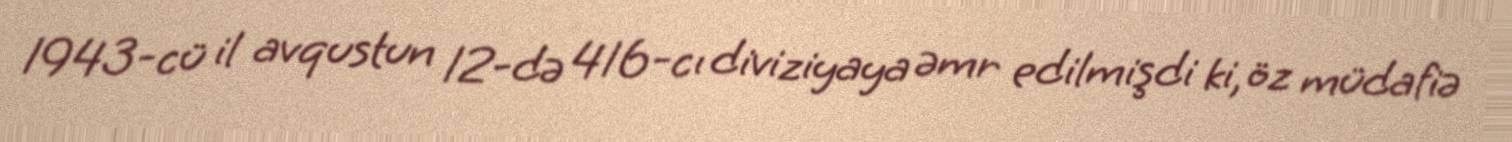
1943-cü il avqustun 12-də 416-cı diviziyaya əmr edilmişdi ki, öz müdafiə